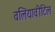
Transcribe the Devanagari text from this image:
वलियावीटिल